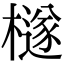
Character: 檖